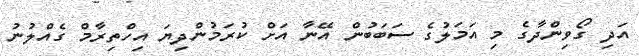
އަދި ގޯވިންދާގެ މި އަމަލުގެ ސަބަބުން އޭނާ އަށް ކުރަމުންދިޔަ އިހްތިރާމް ގެއްލުނު